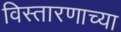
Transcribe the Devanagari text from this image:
विस्तारणाच्या